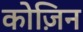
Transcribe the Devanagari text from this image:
कोज़िन